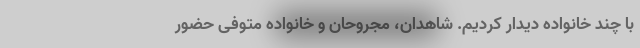
با چند خانواده دیدار کردیم. شاهدان، مجروحان و خانواده متوفی حضور